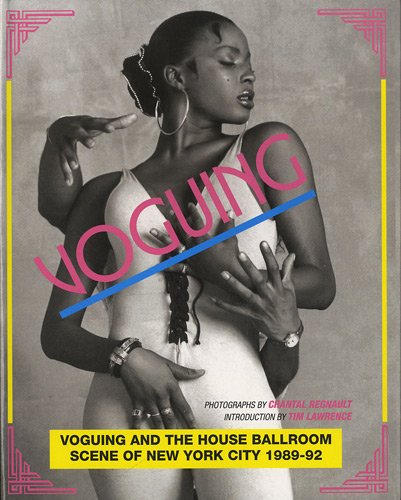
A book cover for Voguing and the House Ballroom Scene of New York, 1989-92; Gay & Lesbian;